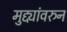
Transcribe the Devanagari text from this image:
मुद्द्यांवरुन